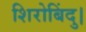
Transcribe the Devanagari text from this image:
शिरोबिंदु।